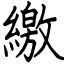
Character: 繳